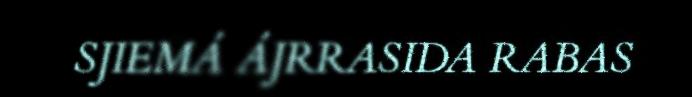
SJIEMÁ ÁJRRASIDA RABAS